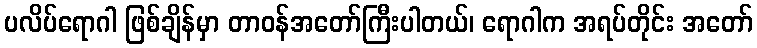
ပလိပ်ရောဂါ ဖြစ်ချိန်မှာ တာဝန်အတော်ကြီးပါတယ်၊ ရောဂါက အရပ်တိုင်း အတော်